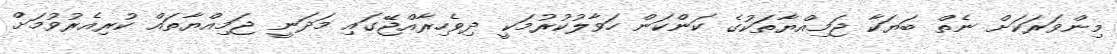
މިންވަރަކަށް ނެތް ބަޔަކާ ޖަމިއްޔާތަކުގެ ކަންކަން ހަވާލުކުރުމަކީ ދިވެހިރާއްޖޭގައި މަދަނީ ޖަމިއްޔާތައް ކުރިއެރުވުމަށް